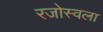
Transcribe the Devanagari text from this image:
रजोस्वला